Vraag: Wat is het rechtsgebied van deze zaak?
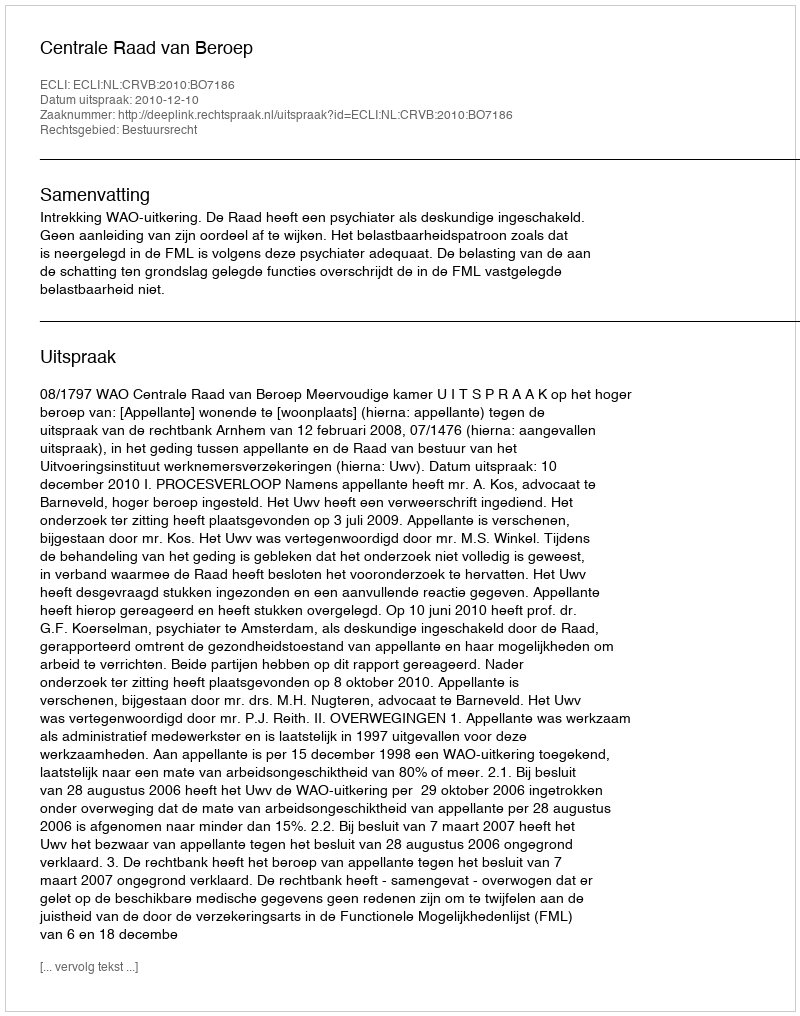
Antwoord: Bestuursrecht